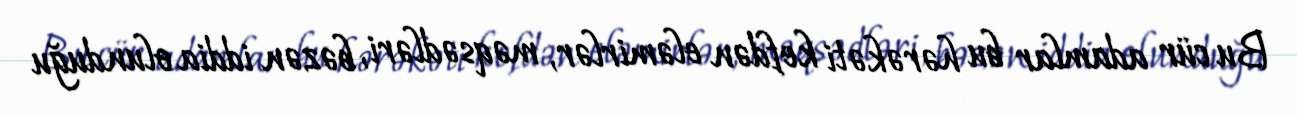
Bu cür adamlar bu hərəkəti kefdən eləmirlər, məqsədləri, bəzən iddia olunduğu